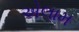
એલામ